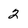
Character: 2